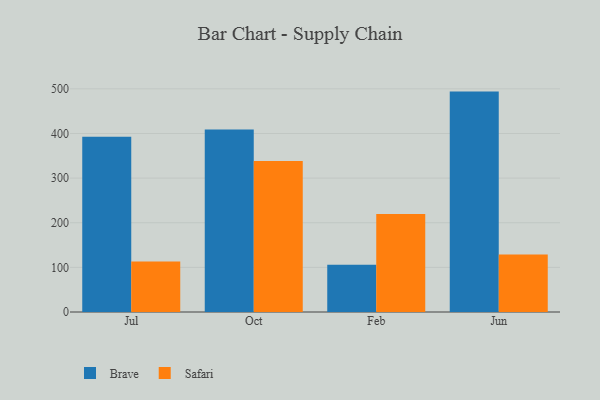
{"axis": {"x": "Month", "y": "Active Users"}, "legend": ["Brave", "Safari"], "data": [{"x": "Jul", "y": 392.7, "type": "Brave"}, {"x": "Jul", "y": 113.1, "type": "Safari"}, {"x": "Oct", "y": 408.9, "type": "Brave"}, {"x": "Oct", "y": 338.4, "type": "Safari"}, {"x": "Feb", "y": 106.1, "type": "Brave"}, {"x": "Feb", "y": 219.8, "type": "Safari"}, {"x": "Jun", "y": 493.8, "type": "Brave"}, {"x": "Jun", "y": 128.9, "type": "Safari"}]}